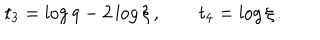
\ t _ { 3 } = \log q - 2 \log \xi \, , \qquad t _ { 4 } = \log \xi \, .